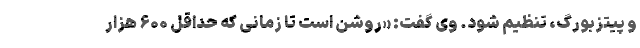
و پیتزبورگ، تنظیم شود. وی گفت: «روشن است تا زمانی که حداقل ۶۰۰ هزار